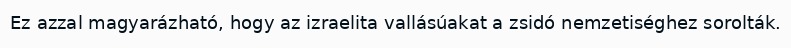
Ez azzal magyarázható, hogy az izraelita vallásúakat a zsidó nemzetiséghez sorolták.